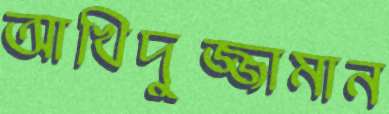
আখিদুজ্জামান